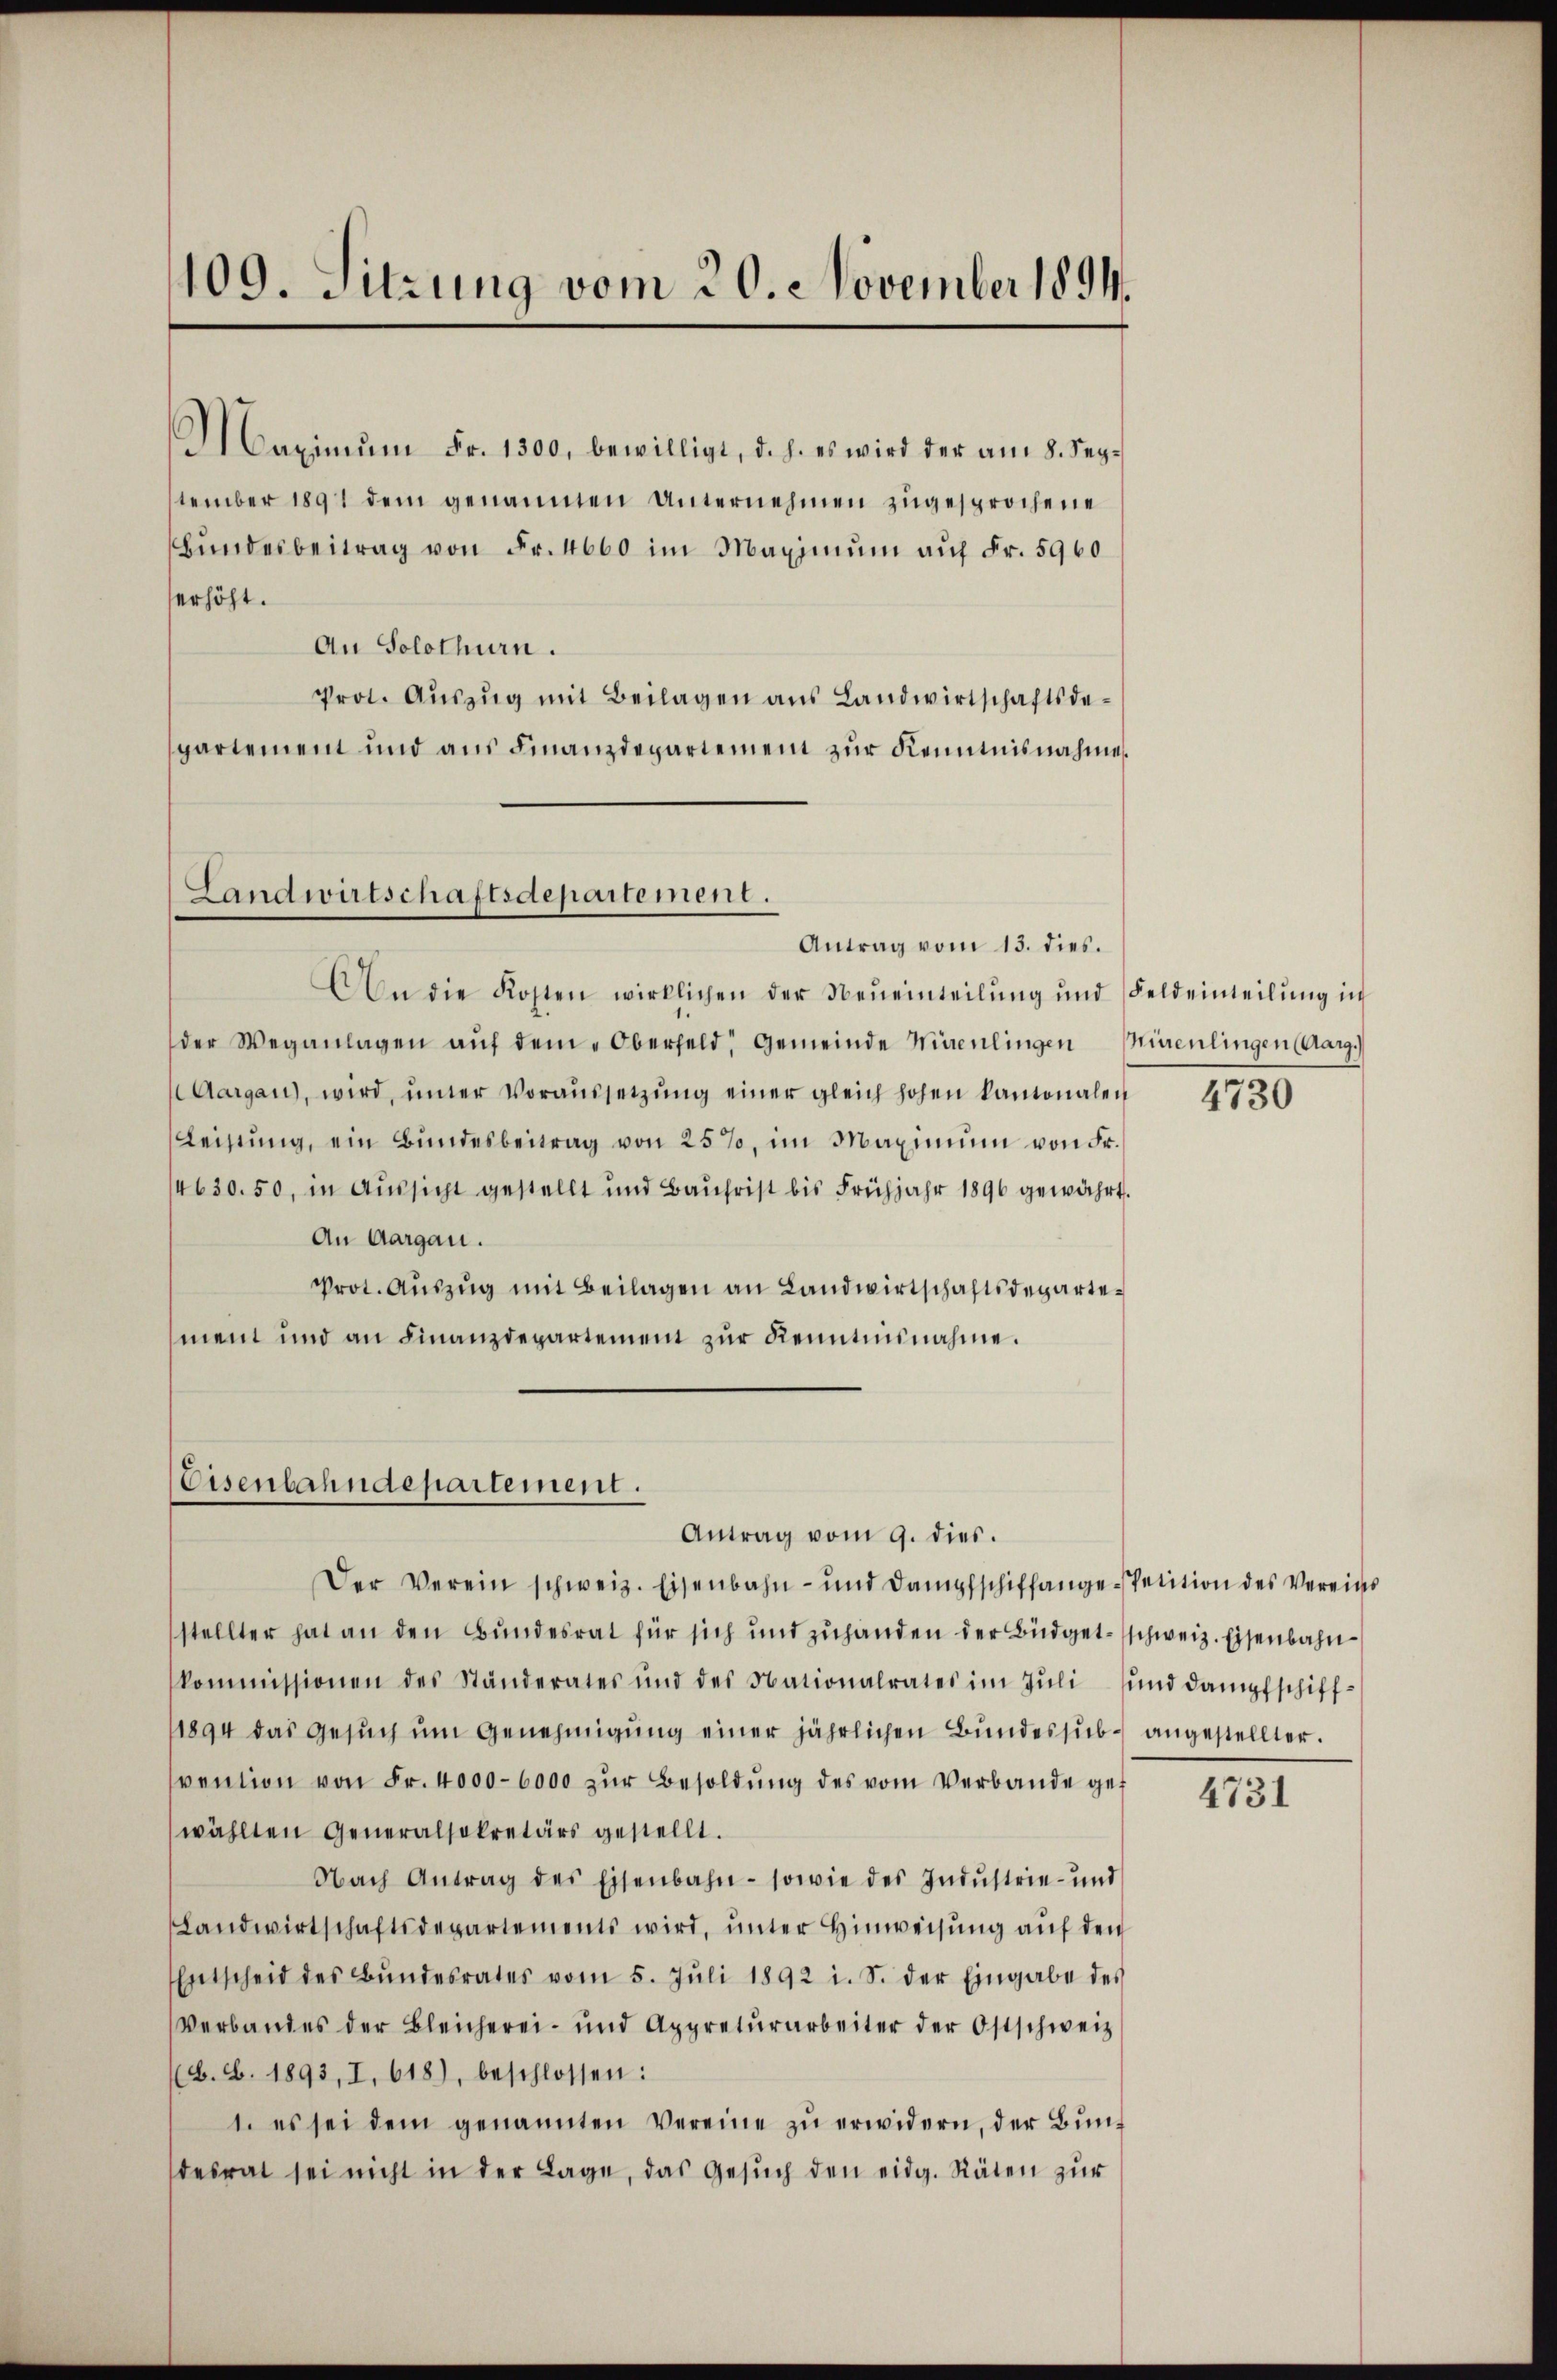
109. Sitzung vom 20. November 1894.

Maximŭm Fr. 1300, bewilligt, d. h. es wird der am 8. September 1891 dem genannen Unternehmen zugesprochene
Bŭndesbeitrag von Fr. 4600 im Maximum auf Fr. 5960
erhöht.
An Solothurn.
Prot. Aŭszŭg mit Beilagen ans Landwirtschaftsde-
partement und aŭs Finanzdepartement zŭr Kenntnisnahme
Landwirtschaftsdepartement.

Antrag vom 13. dies.

An die Kosten wirklichen der Neŭeinteilŭng ŭnd Feldeinteilŭng in
der Weganlagen aŭf dem Oberfeld, Gemeinde Wienlingen Mürenlingen (Aarg.)
Aargau, wird ŭnter Voraŭssetzŭng einer gleich hohen kantonalen
Leistŭng, ein Bundesbeitrag von 25%, im Maximum von Fr.
4630. 50, in Aussicht gestellt und Baŭhrist bis Frühjahr 1890 gewährt.
An Aargau.
Prot. Aŭszŭg mit Beilagen an Landwirtschaftsdepartement und an Finanzdepartement zur Kenntnisnahme.

Eisenbahndepartement.
Antrag vom 9. dies.

Der Verein schweiz. Eisenbahn- und Dampfschiffange-Petition des Vereins
stellter hat an den Bundesrat für sich und zuhanden der Büdget-schweiz. Eisenbahnkommissionen des Ständerates und des Nationalrates im Jŭli ŭnd dampfschiff-
1894 das Gesŭch ŭm Genehmigŭng einer jährlichen Bŭndessŭb- angestellter.
vention von Fr. 4000-6000 zŭr Besoldŭng des vom Verbande gewählten Generalsekretärs gestellt.
Nach Antrag des Eisenbahn- sowie des Indŭstrie- und
Landwirtschaftsdepartements wird, ŭnter Hinweisŭng aŭf den
Entscheid des Bŭndesrates vom 5. Jŭli 1892 i. S. der Eingabe des
Verbandes der Bleicherei- und Appretŭrarbeiter der Ostschweiz
B. b. 1893, I. 618), beschlossen:
1. es sei dem genannten Vereine zŭ erwidern, der Bŭn-
desrat sei nicht in der Lage, das Gesŭch den eidg. Räten zur

4730

4731